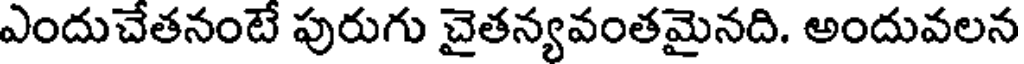
ఎందుచేతనంటే పురుగు చైతన్యవంతమైనది. అందువలన